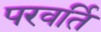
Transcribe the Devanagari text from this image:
परवर्ति